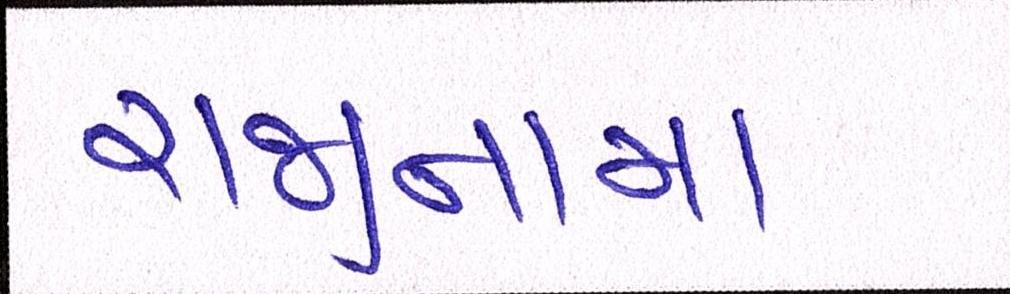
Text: રાજીનામા